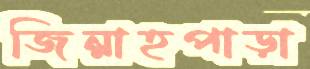
জিন্নাহপাড়া